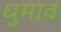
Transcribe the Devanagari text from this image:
धुमाव